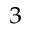
^ 3